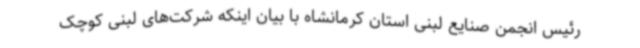
رئیس انجمن صنایع لبنی استان کرمانشاه با بیان اینکه شرکت‌های لبنی کوچک